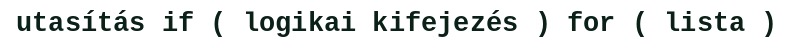
utasítás if ( logikai kifejezés ) for ( lista )